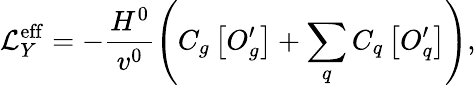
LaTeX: {\cal L}_{Y}^{\mathrm{eff}}=-\frac{H^{0}}{v^{0}}\left(C_{g}\left[O_{g}^{\prime}\right]+\sum_{q}C_{q}\left[O_{q}^{\prime}\right]\right),